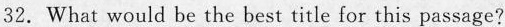
32.What would be the best title for this passage?